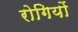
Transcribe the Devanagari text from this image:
रोगियों